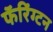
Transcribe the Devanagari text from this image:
फॅरिंग्टन